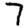
Digit: 7